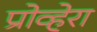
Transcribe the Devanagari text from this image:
प्रोव्हेरा